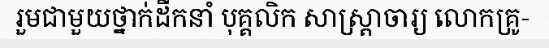
រួមជាមួយថ្នាក់ដឹកនាំ បុគ្គលិក សាស្ត្រាចារ្យ លោកគ្រូ-